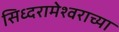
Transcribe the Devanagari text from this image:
सिध्दरामेश्वराच्या